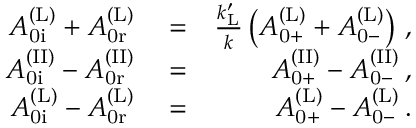
\begin{array} { r l r } { A _ { \mathrm { 0 i } } ^ { \mathrm { ( L ) } } + A _ { \mathrm { 0 r } } ^ { \mathrm { ( L ) } } } & { { } = } & { \frac { k _ { \mathrm { L } } ^ { \prime } } { k } \left( A _ { \mathrm { 0 + } } ^ { \mathrm { ( L ) } } + A _ { \mathrm { 0 - } } ^ { \mathrm { ( L ) } } \right) \, , } \\ { A _ { \mathrm { 0 i } } ^ { \mathrm { ( I I ) } } - A _ { \mathrm { 0 r } } ^ { \mathrm { ( I I ) } } } & { { } = } & { A _ { \mathrm { 0 + } } ^ { \mathrm { ( I I ) } } - A _ { \mathrm { 0 - } } ^ { \mathrm { ( I I ) } } \, , } \\ { A _ { \mathrm { 0 i } } ^ { \mathrm { ( L ) } } - A _ { \mathrm { 0 r } } ^ { \mathrm { ( L ) } } } & { { } = } & { A _ { \mathrm { 0 + } } ^ { \mathrm { ( L ) } } - A _ { \mathrm { 0 - } } ^ { \mathrm { ( L ) } } \, . } \end{array}